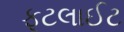
ફૂટલાઈટ